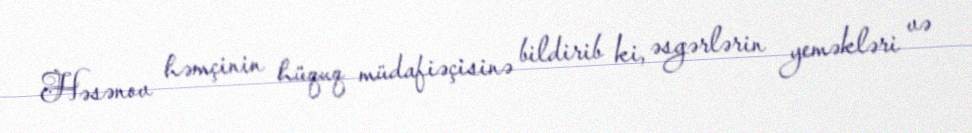
Həsənov həmçinin hüquq müdafiəçisinə bildirib ki, əsgərlərin yeməkləri və